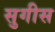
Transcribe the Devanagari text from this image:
सुगीस